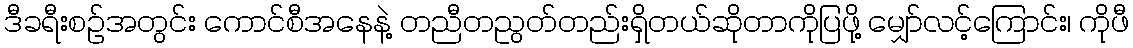
ဒီခရီးစဉ်အတွင်း ကောင်စီအနေနဲ့ တညီတညွတ်တည်းရှိတယ်ဆိုတာကိုပြဖို့ မျှော်လင့်ကြောင်း၊ ကိုဖီ